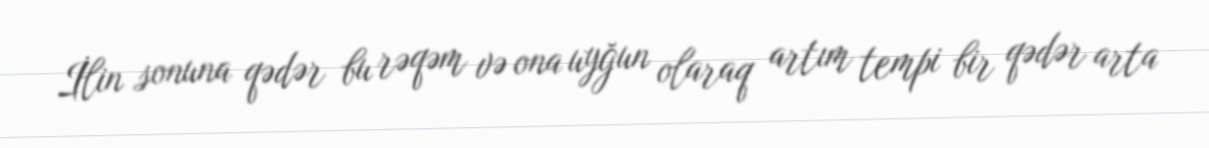
İlin sonuna qədər bu rəqəm və ona uyğun olaraq artım tempi bir qədər arta